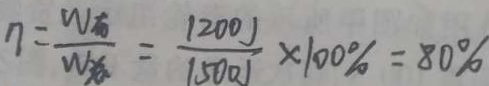
n = \frac { W E } { W _ { 1 } } = \frac { 1 2 0 0 J } { 1 5 0 0 J } \times 1 0 0 \% = 8 0 \%